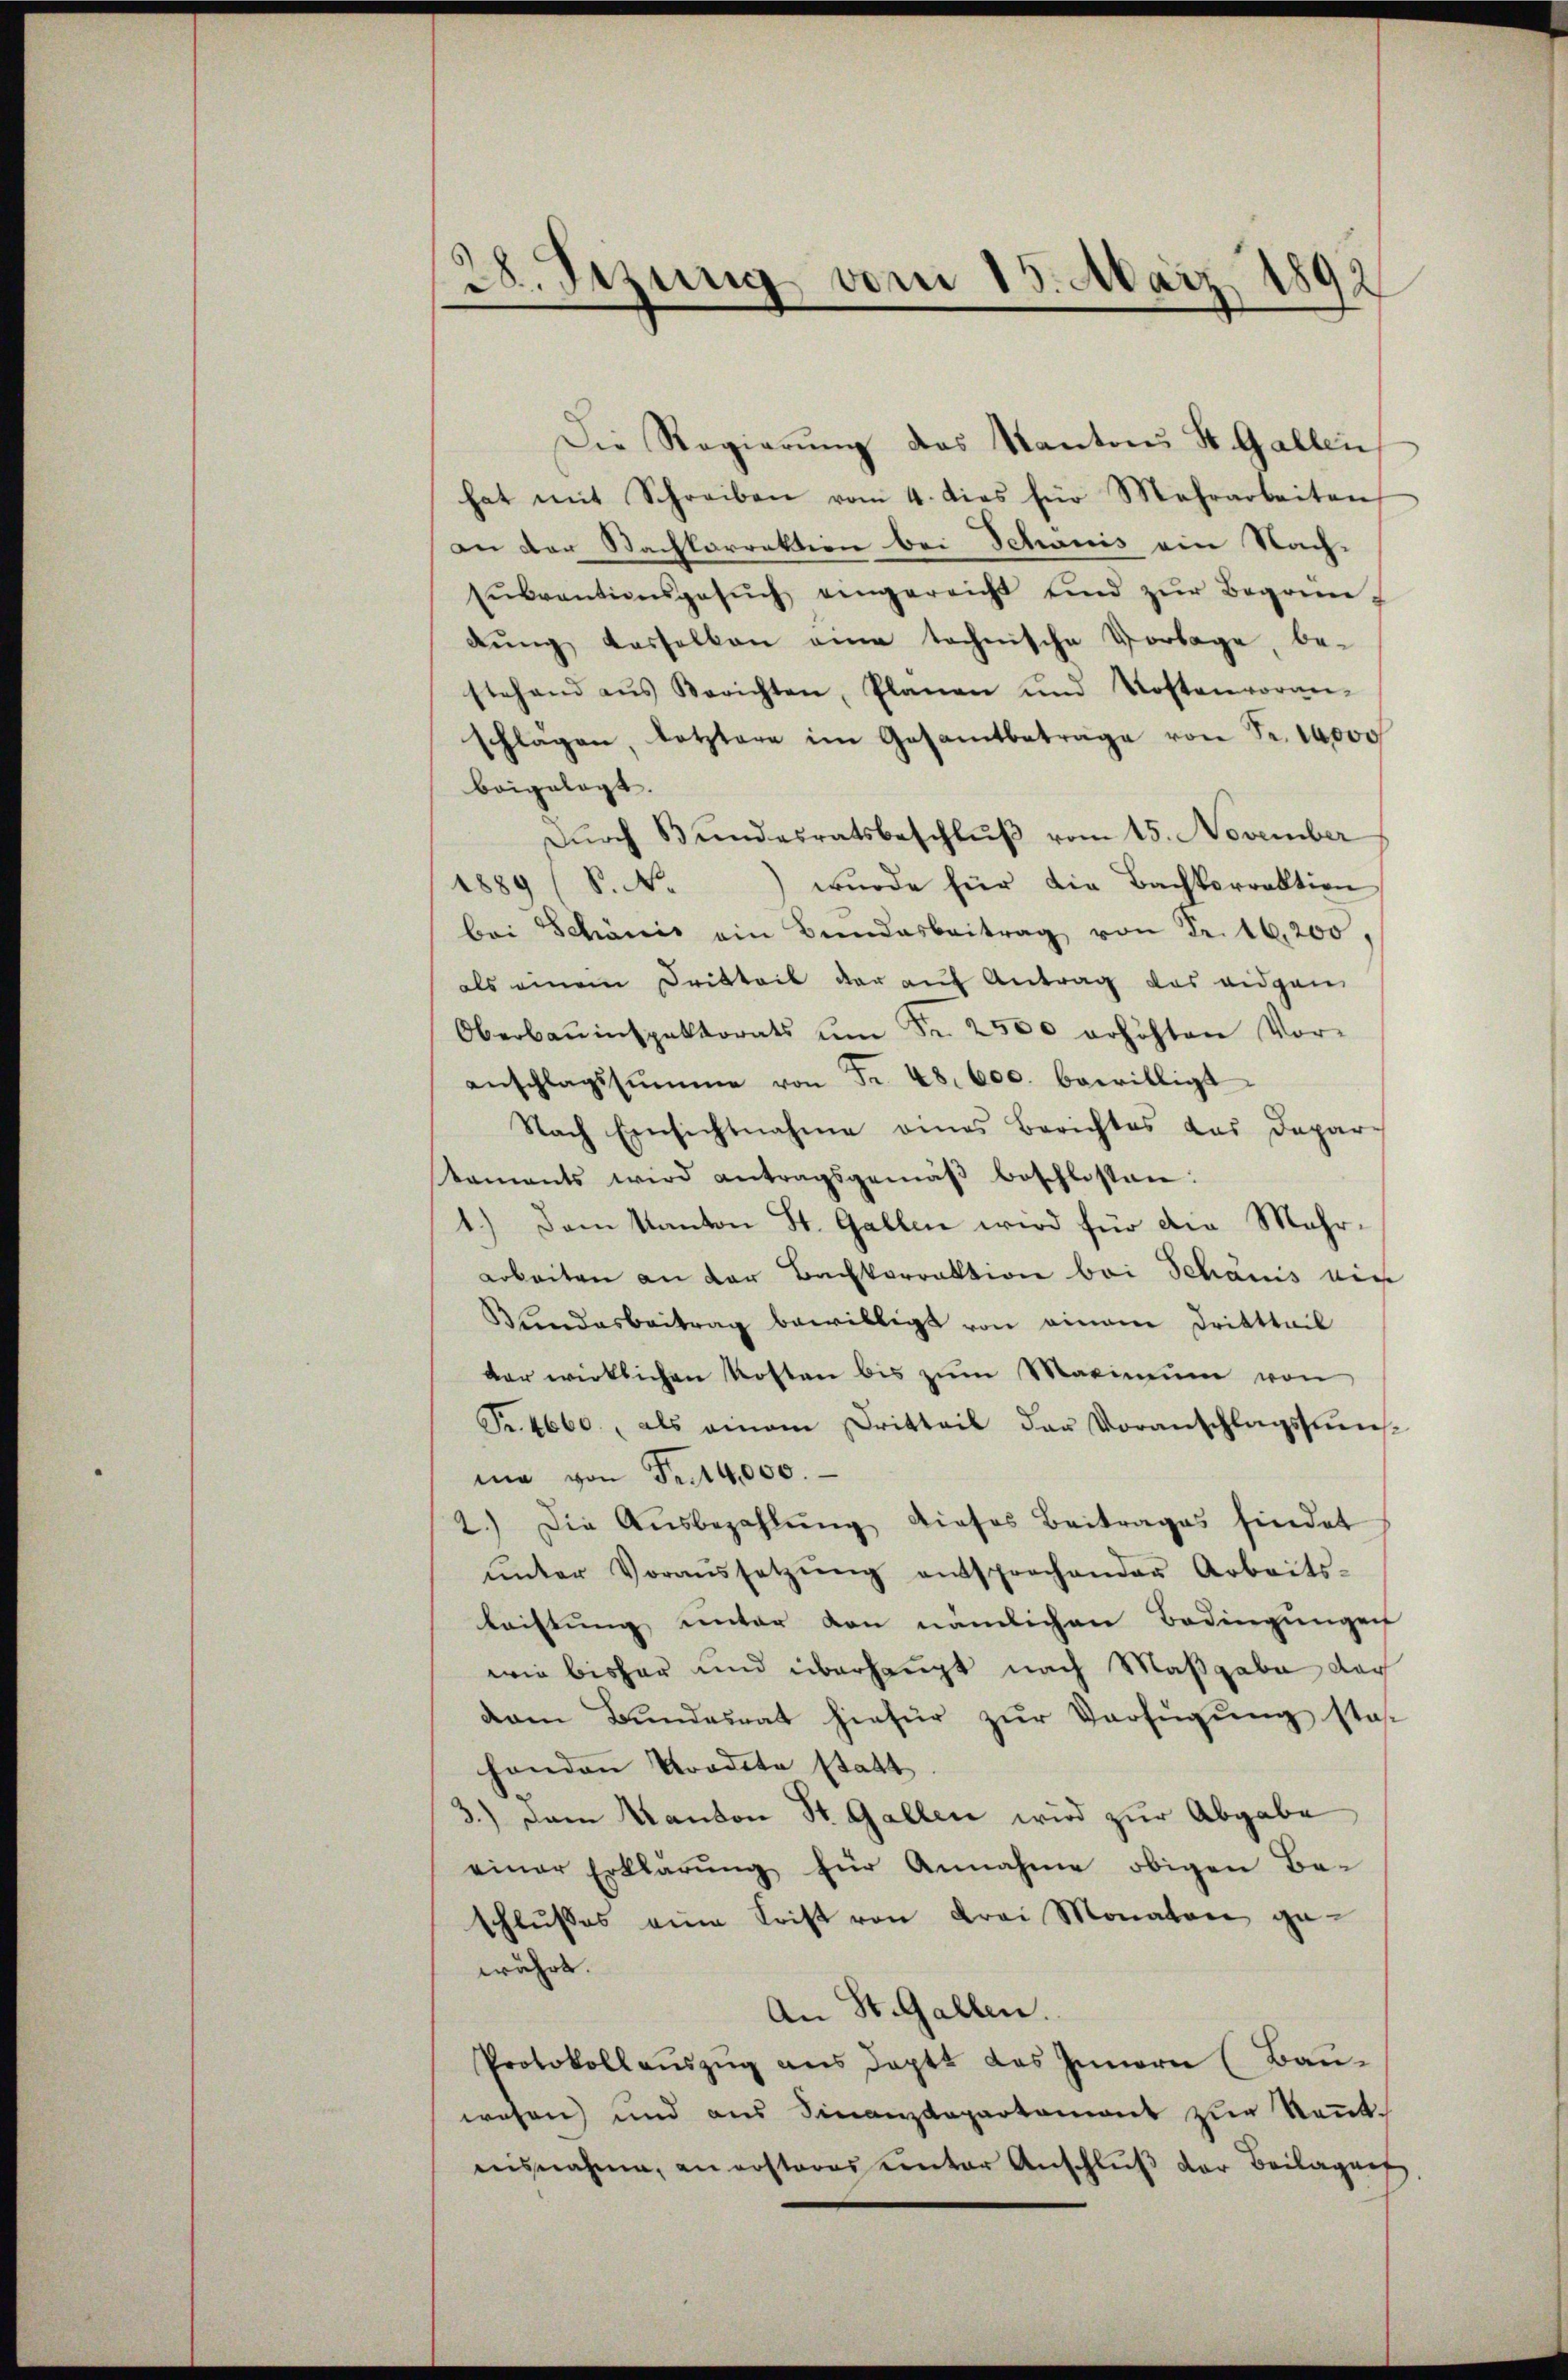
28. Setzung vom 15. März 1892

Die Regierŭng des Kantons St. Gallen
hat mit Schreiben vom 4. dies für Mehrarbeiten
an der Nachkorrektion bei Schanis ein Nach-
Eŭbventionsgesŭch eingereicht und zŭr Begonne-
dŭng dasselben eine technische Vorlage, be-
stehend aŭs Berichten, Planen und Kostenvoran-
schlägen, letztere im Gesamtbeträge von Fr. 10000
beigelegt.
Dŭrch Bŭndesratsbeschlŭβ vom 15. November
1889 (S. N. wŭrde für die Bachkorrektion
bei Schönis ein Bundesbeitrag von Fr. 16,200,
als einem Dritteil der auf Antrag das eidgen
Oberbauinspektorats ŭm Fr. 2500 erhöhten Vor-
anschlagssumme von Fr. 48. 600. bewilligt
Nach Einsichtnahme eines Berichtes das Depar-
staments wird antragsgemäβ beschlossen:
1.) Dem Kanton St. Gallen wird für die Mehr¬
Arbeiten an der Bachkorrektion bei Schanis ein
Bundesbeitrag bewilligt von einem Dritttail
dar wirklichen Kosten bis zum Maximum von
Fr. 4660, als einem Dritteil der Voranschlagsumsma von Fr. 14,000.
2.) Die Aŭsbezahlŭng dieses Beitrages findet
ŭnter Voraŭssetzŭng entsprechender Arbeits-
leistung unter den nämlichen Bedingungen
wie bisher und überhaupt nach Maßgabe der
dam Bundesrat hiefür zŭr Verfügung sta
handen Tradita statt
3.) Dem Kanton St. Gallen wird zur Abgabe
einer Erklärŭng für Annahme obigen Be-
schlusses eine Frist von drei Monaten gewährt.
An St. Gallen.
Protokollaŭszŭg ans deptt das Innern (Bau-
wesen und aus Finanzdepartemont zur Kennteisnahme, an ersteres unter Anschlŭβ der Beilagung